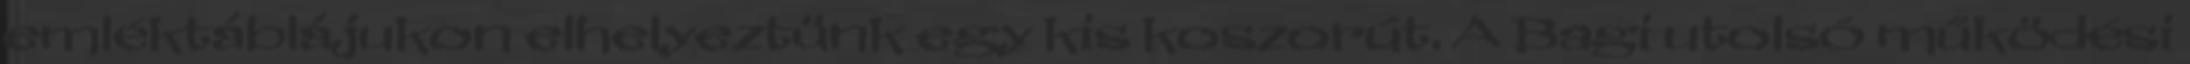
emléktáblájukon elhelyeztünk egy kis koszorút. A Bagi utolsó működési